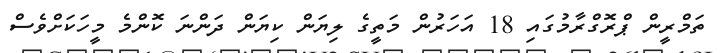
ތަމްރީން ޕްރޮގްރާމުގައި 18 އަހަރުން މަތީގެ ލިޔަން ކިޔަން ދަންނަ ކޮންމެ މީހަކަށްވެސް